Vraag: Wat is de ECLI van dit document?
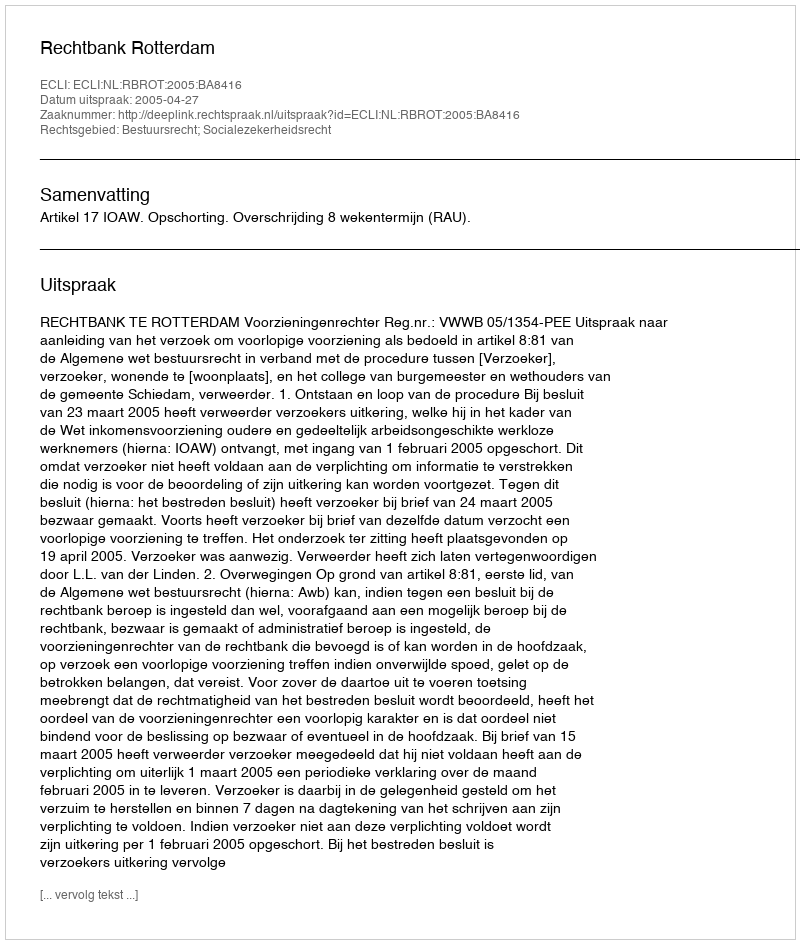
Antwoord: ECLI:NL:RBROT:2005:BA8416